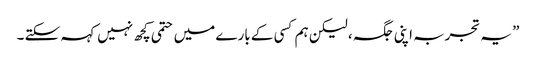
” یہ تجربہ اپنی جگہ ، لیکن ہم کسی کے بارے میں حتمی کچھ نہیں کہہ سکتے ۔